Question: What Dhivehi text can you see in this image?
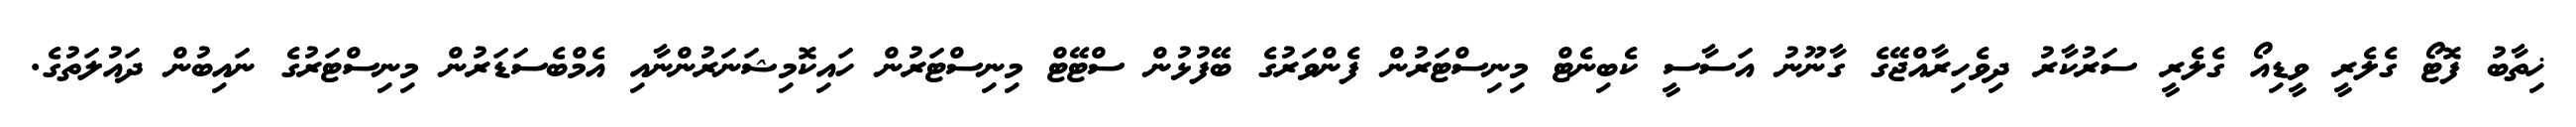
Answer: ޚިތާބު ފޮޓޯ ގެލެރީ ވީޑިއޯ ގެލެރީ ސަރުކާރު ދިވެހިރާއްޖޭގެ ގާނޫނު އަސާސީ ކެބިނެޓް މިނިސްޓަރުން ފެންވަރުގެ ބޭފުޅުން ސްޓޭޓް މިނިސްޓަރުން ހައިކޮމިޝަނަރުންނާއި އެމްބެސަޑަރުން މިނިސްޓަރުގެ ނައިބުން ދައުލަތުގެ.